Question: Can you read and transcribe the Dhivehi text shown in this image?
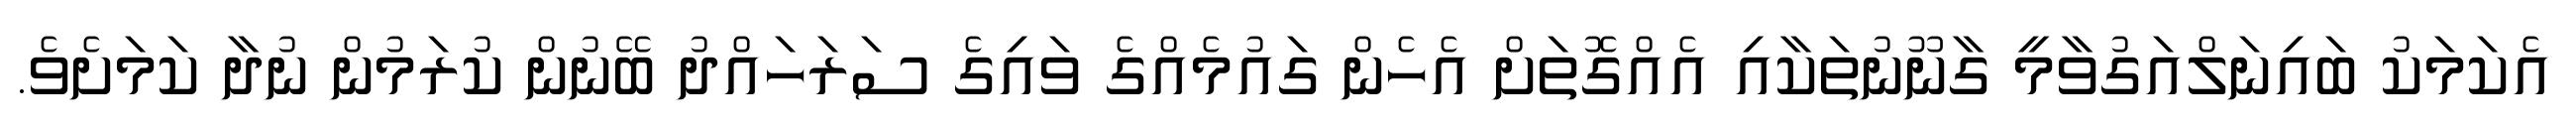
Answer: އެކަމަކު ބައިނަލްއަގުވާމީ ގާނޫނުތަކާއި އެއްގޮތަށް އެހެން ގައުމެއްގެ ވައިގެ ސަރަހައްދު ބޭނުން ކުރަމުން ނުދާ ކަމަށެވެ.